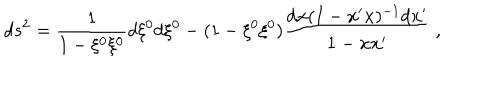
LaTeX: d s ^ { 2 } = \frac { 1 } { 1 - \xi ^ { 0 } \xi ^ { 0 } } d \xi ^ { 0 } d \xi ^ { 0 } - ( 1 - \xi ^ { 0 } \xi ^ { 0 } ) \frac { d { \bf x } ( I - { \bf x } ^ { \prime } { \bf x } ) ^ { - 1 } d { \bf x } ^ { \prime } } { 1 - { \bf x } { \bf x } ^ { \prime } } ~ ,